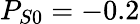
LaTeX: P_{S0}=-0.2